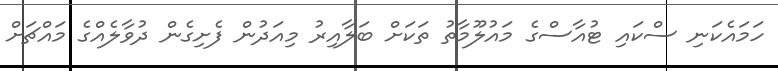
ހަމައެކަނި ސްކައި ޓުއާސްގެ މައުލޫމާތު ތަކަށް ބަލާއިރު މިއަދުން ފެށިގެން ދުވާލެއްގެ މައްޗަށް